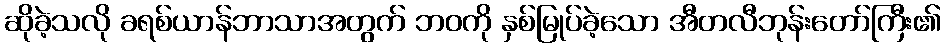
ဆိုခဲ့သလို ခရစ်ယာန်ဘာသာအတွက် ဘဝကို နှစ်မြုပ်ခဲ့သော အီတလီဘုန်းတော်ကြီး၏